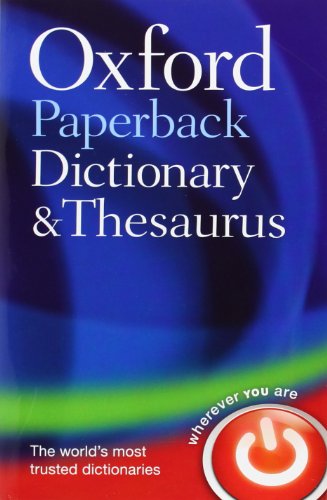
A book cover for Oxford Paperback Dictionary & Thesaurus; Reference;